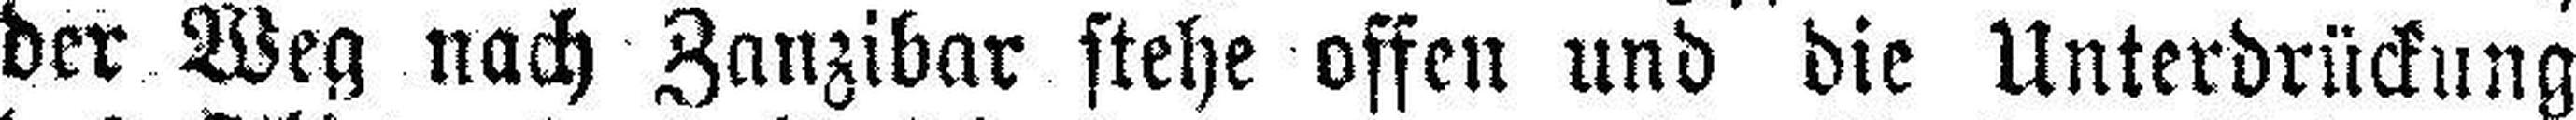
der Weg nach Zanzibar stehe offen und die Unterdrückung